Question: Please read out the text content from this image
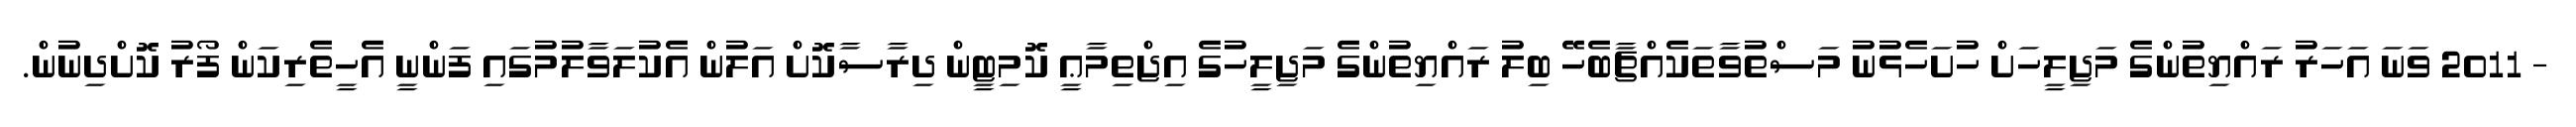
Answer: - 2011 ވަނަ އަހަރު ރައްޔިތުންގެ މަޖިލީހަށް ހުށަހެޅުނު މަސްތުވާތަކެއްޗާބެހޭ ބިލު ރައްޔިތުންގެ މަޖިލީހުގެ އިޖްތިމާޢީ ކޮމިޓީން ދިރާސާކޮށް އަލުން އެކުލަވާލުމުގައި ފަންނީ އެހީތެރިކަން ފޯރު ކޮށްދިނުން.